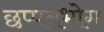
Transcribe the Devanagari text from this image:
छप्पनभोग